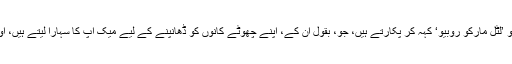
ٹرمپ اکثر فلوریڈا کے قانون ساز کو ’لٹل مارکو روبیو‘ کہہ کر پکارتے ہیں، جو، بقول اُن کے، اپنے چھوٹے کانوں کو ڈھانپنے کے لیے میک اپ کا سہارا لیتے ہیں، اور یہ کہ وہ ’’کتے پکڑ‘‘ سکتے ہیں۔